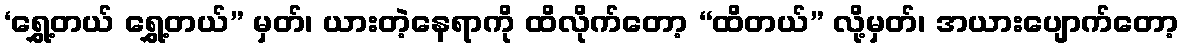
‘ရွှေ့တယ် ရွှေ့တယ်” မှတ်၊ ယားတဲ့နေရာကို ထိလိုက်တော့ “ထိတယ်” လို့မှတ်၊ အယားပျောက်တော့